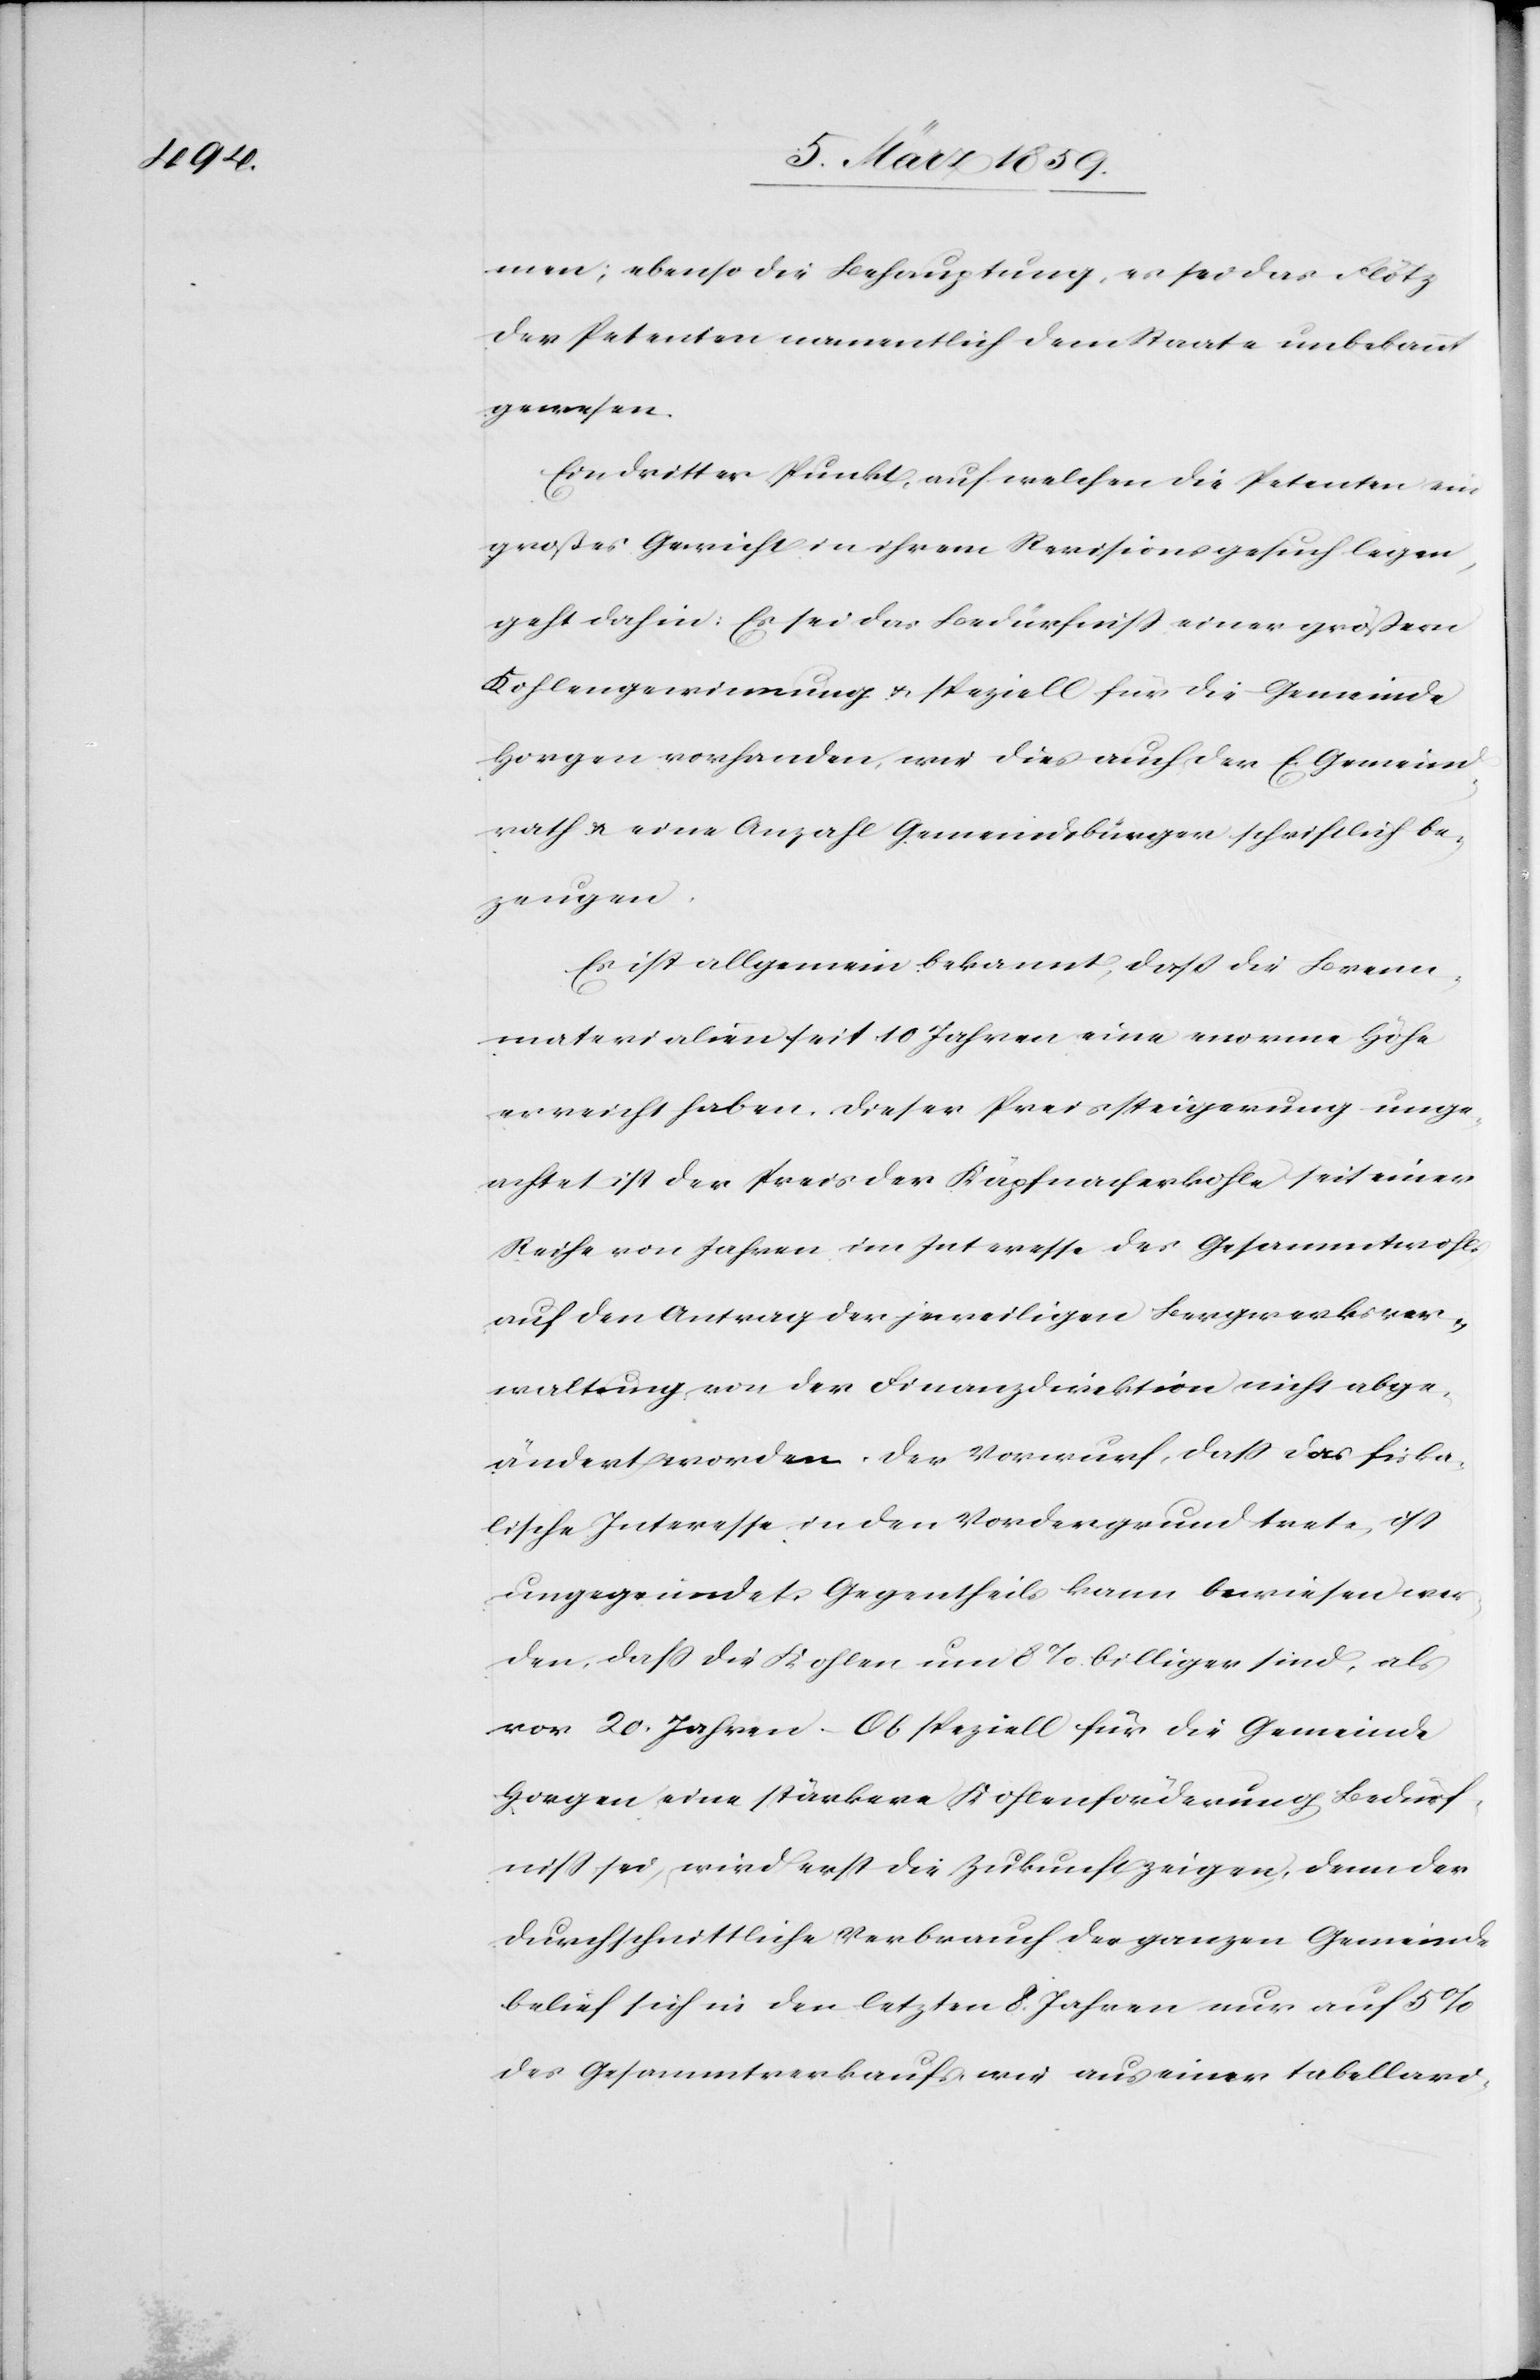
men; ebenso die Behauptung, es sei das Flötz
der Petenten namentlich dem Staate unbekannt
gewesen.
Ein dritter Punkt, auf welchen die Petenten ein
großes Gewicht in ihrem Revisionsgesuch legen,
geht dahin: Es sei das Bedürfniß einer größern
Kohlengewinnung u. speziell für die Gemeinde
Horgen vorhanden, wie dies auch der E. Gemeind¬
rath u. eine Anzahl Gemeindsbürger schriftlich be¬
zeugen.
Es ist allgemein bekannt, daß die Brenn¬
materialien seit 10 Jahren eine enorme Höhe
erreicht haben. Dieser Preissteigerung unge¬
achtet ist der Preis der Käpfnacherkohle seit einer
Reihe von Jahren im Interesse des Gesammtwohls
auf den Antrag der jeweiligen Bergwerksver¬
waltung von der Finanzdirektion nicht abge¬
ändert worden. Der Vorwurf, daß das fiska¬
lische Interesse in den Vordergrund trete, ist
ungegründet. Gegentheils kann bewiesen wer¬
den, daß die Kohlen um 8 % billiger sind, als
vor 20 Jahren. Ob speziell für die Gemeinde
Horgen eine stärkere Kohlenförderung Bedürf¬
niß sei, wird erst die Zukunft zeigen, denn der
durchschnittliche Verbrauch der ganzen Gemeinde
belief sich in den letzten 8 Jahren nur auf 5 %
des Gesammtverkaufs, wie aus einer tabellari-